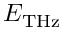
E _ { \mathrm { T H z } }